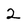
Character: 2